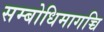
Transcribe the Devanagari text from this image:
सम्बोधिमागच्चि